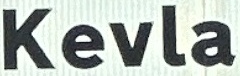
Kevla